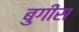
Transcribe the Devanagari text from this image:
बुगीस